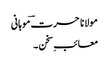
مولانا حسرت ؔموہانی
معائبِ سخن ۔